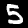
Digit: 5